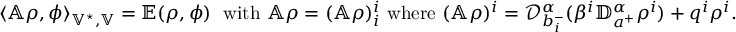
\begin{array} { r } { \langle \mathbb A \rho , \phi \rangle _ { \mathbb V ^ { \star } , \mathbb V } = \mathbb E ( \rho , \phi ) \; \mathrm { ~ w i t h ~ } \mathbb A \rho = ( \mathbb A \rho ) _ { i } ^ { i } \mathrm { ~ w h e r e ~ } ( \mathbb A \rho ) ^ { i } = \mathcal { D } _ { b _ { i } ^ { - } } ^ { \alpha } ( \beta ^ { i } \mathbb { D } _ { a ^ { + } } ^ { \alpha } \rho ^ { i } ) + q ^ { i } \rho ^ { i } . } \end{array}